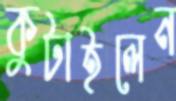
কুটাইলেন